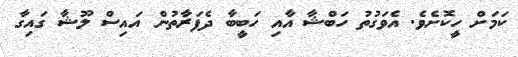
ކަމަށް ހީކޮށެވެ. އެވަގުތު ހަބްޝާ އާއި ހަބީބާ ދެފަރާތުން އައިސް ލޫޝާ ގައިގާ